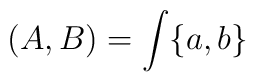
(A,B) = \int \{a,b\}